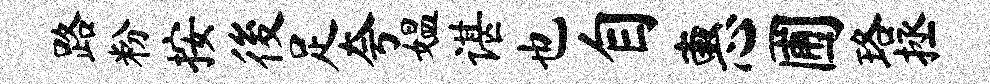
路粉按後足夸媪谌也自惠圃珞拯